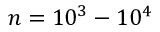
n = 1 0 ^ { 3 } - 1 0 ^ { 4 }